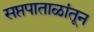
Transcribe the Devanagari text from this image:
सप्तपाताळांतून